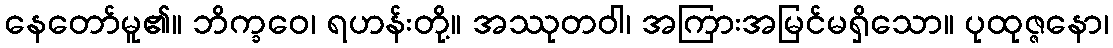
နေတော်မူ၏။ ဘိက္ခဝေ၊ ရဟန်းတို့။ အဿုတဝါ၊ အကြားအမြင်မရှိသော။ ပုထုဇ္ဇနော၊